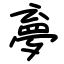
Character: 夣